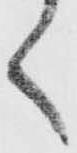
く